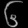
Digit: ၆